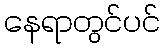
နေရာတွင်ပင်